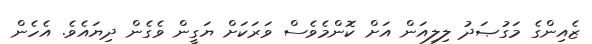
ޒެއިންގެ މަގުޞަދު ލިލިއަން އަށް ކޮންމެވެސް ވަރަކަށް ޔަގީން ވެގެން ދިޔައެވެ. އެހެން